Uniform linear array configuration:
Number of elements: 48
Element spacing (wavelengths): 0.75
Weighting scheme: binomial
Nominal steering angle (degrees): -15
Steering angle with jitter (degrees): -15.759
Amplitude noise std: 0.05
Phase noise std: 0.05

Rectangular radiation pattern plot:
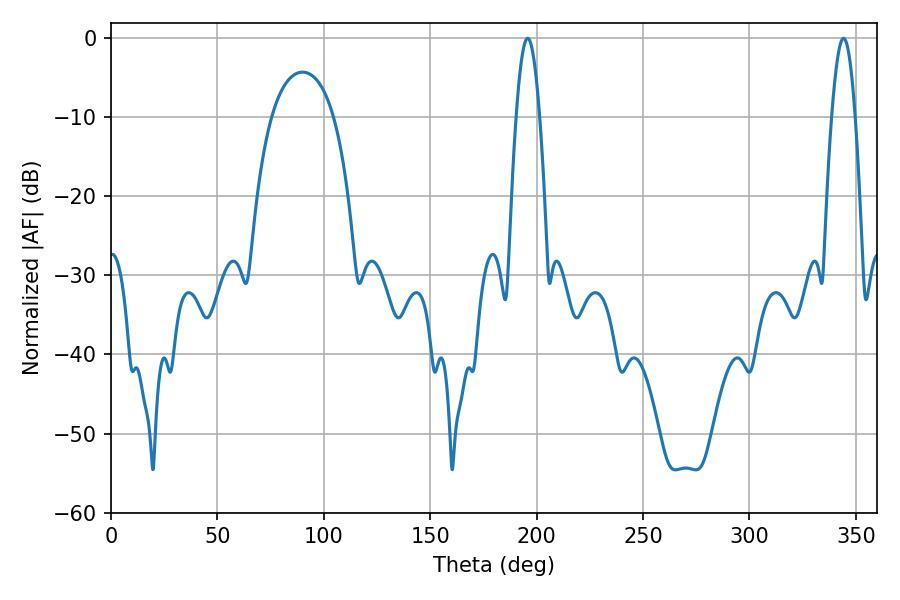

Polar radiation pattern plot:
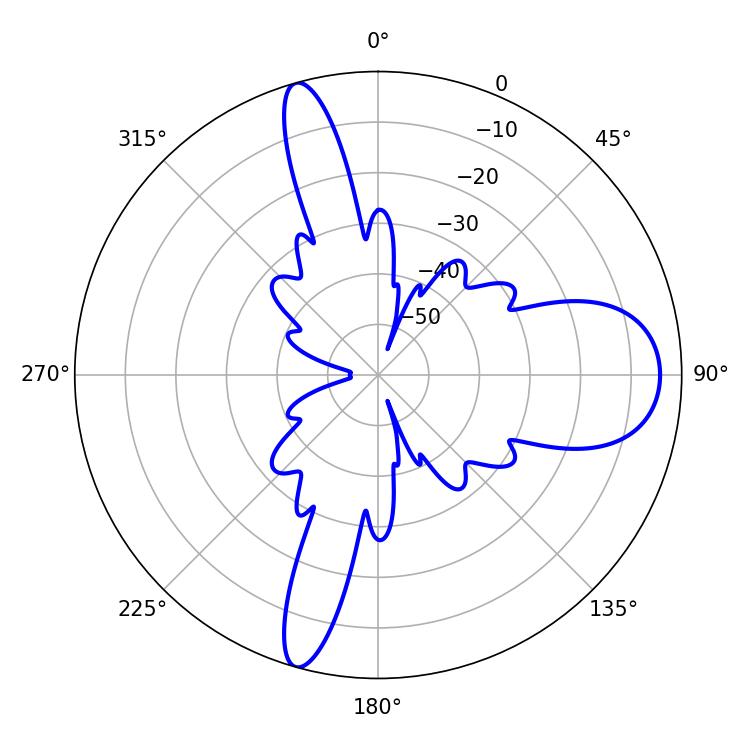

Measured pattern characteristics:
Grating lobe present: TRUE
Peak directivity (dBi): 13.798
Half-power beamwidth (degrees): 5.94
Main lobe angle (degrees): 195.84